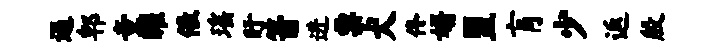
遏郫童曜儆瑶盱箭进票犬佟婿盟肓少返殷